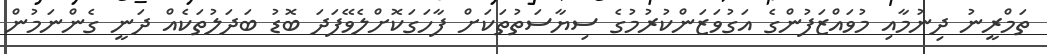
ތަމްރީނު ދިނުމާއި މުވައްޒަފުންގެ އަގުވަޒަންކުރުމުގެ ސިޔާސަތުތަކަށް ފާހަގަކޮށްލެވޭފަދަ ބޮޑު ބަދަލުތަކެއް ދަނީ ގެންނަމުން